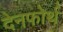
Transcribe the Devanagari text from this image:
देनफोर्थ